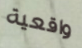
واقعية